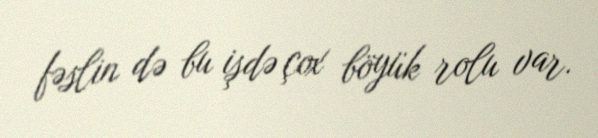
fəslin də bu işdə çox böyük rolu var.